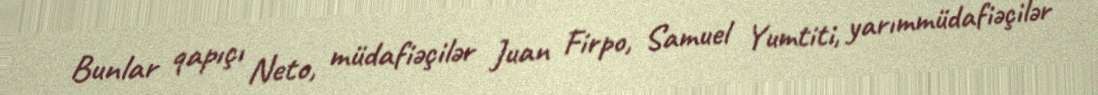
Bunlar qapıçı Neto, müdafiəçilər Juan Firpo, Samuel Yumtiti, yarımmüdafiəçilər